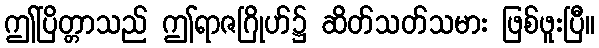
ဤပြိတ္တာသည် ဤရာဇဂြိုဟ်၌ ဆိတ်သတ်သမား ဖြစ်ဖူးပြီ။